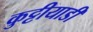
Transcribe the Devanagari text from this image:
कुट्टीयाडी